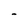
Character: I